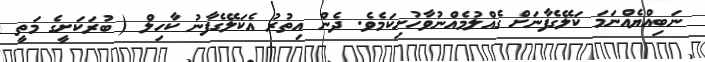
ނަބިއްޔެއްނަމަ ކަލޭގެފާނަށް ގެއްލުމެއްނުވާހުށިކަމެވެ. ދެން އިތުރު އެކަލޭގެފާނު ކާހިލް ( ބުރަކަށީގެ މަތީ